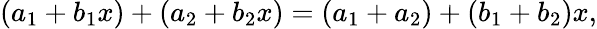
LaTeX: (a_{1}+b_{1}x)+(a_{2}+b_{2}x)=(a_{1}+a_{2})+(b_{1}+b_{2})x,